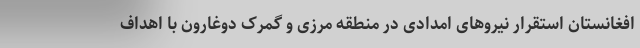
افغانستان استقرار نیروهای امدادی در منطقه مرزی و گمرک دوغارون با اهداف